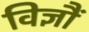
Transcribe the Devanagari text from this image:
विज्ञौं